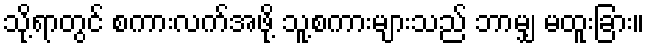
သို့ရာတွင် စကားလက်အဖို့ သူ့စကားများသည် ဘာမျှ မထူးခြား။